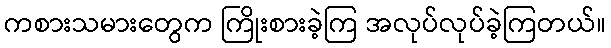
ကစားသမားတွေက ကြိုးစားခဲ့ကြ အလုပ်လုပ်ခဲ့ကြတယ်။